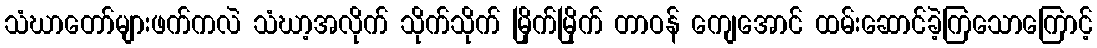
သံဃာတော်များဖက်ကလဲ သံဃာ့အလိုက် သိုက်သိုက် မြိုက်မြိုက် တာဝန် ကျေအောင် ထမ်းဆောင်ခဲ့ကြသောကြောင့်